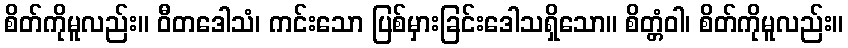
စိတ်ကိုမူလည်း။ ဝီတဒေါသံ၊ ကင်းသော ပြစ်မှားခြင်းဒေါသရှိသော။ စိတ္တံဝါ၊ စိတ်ကိုမူလည်း။